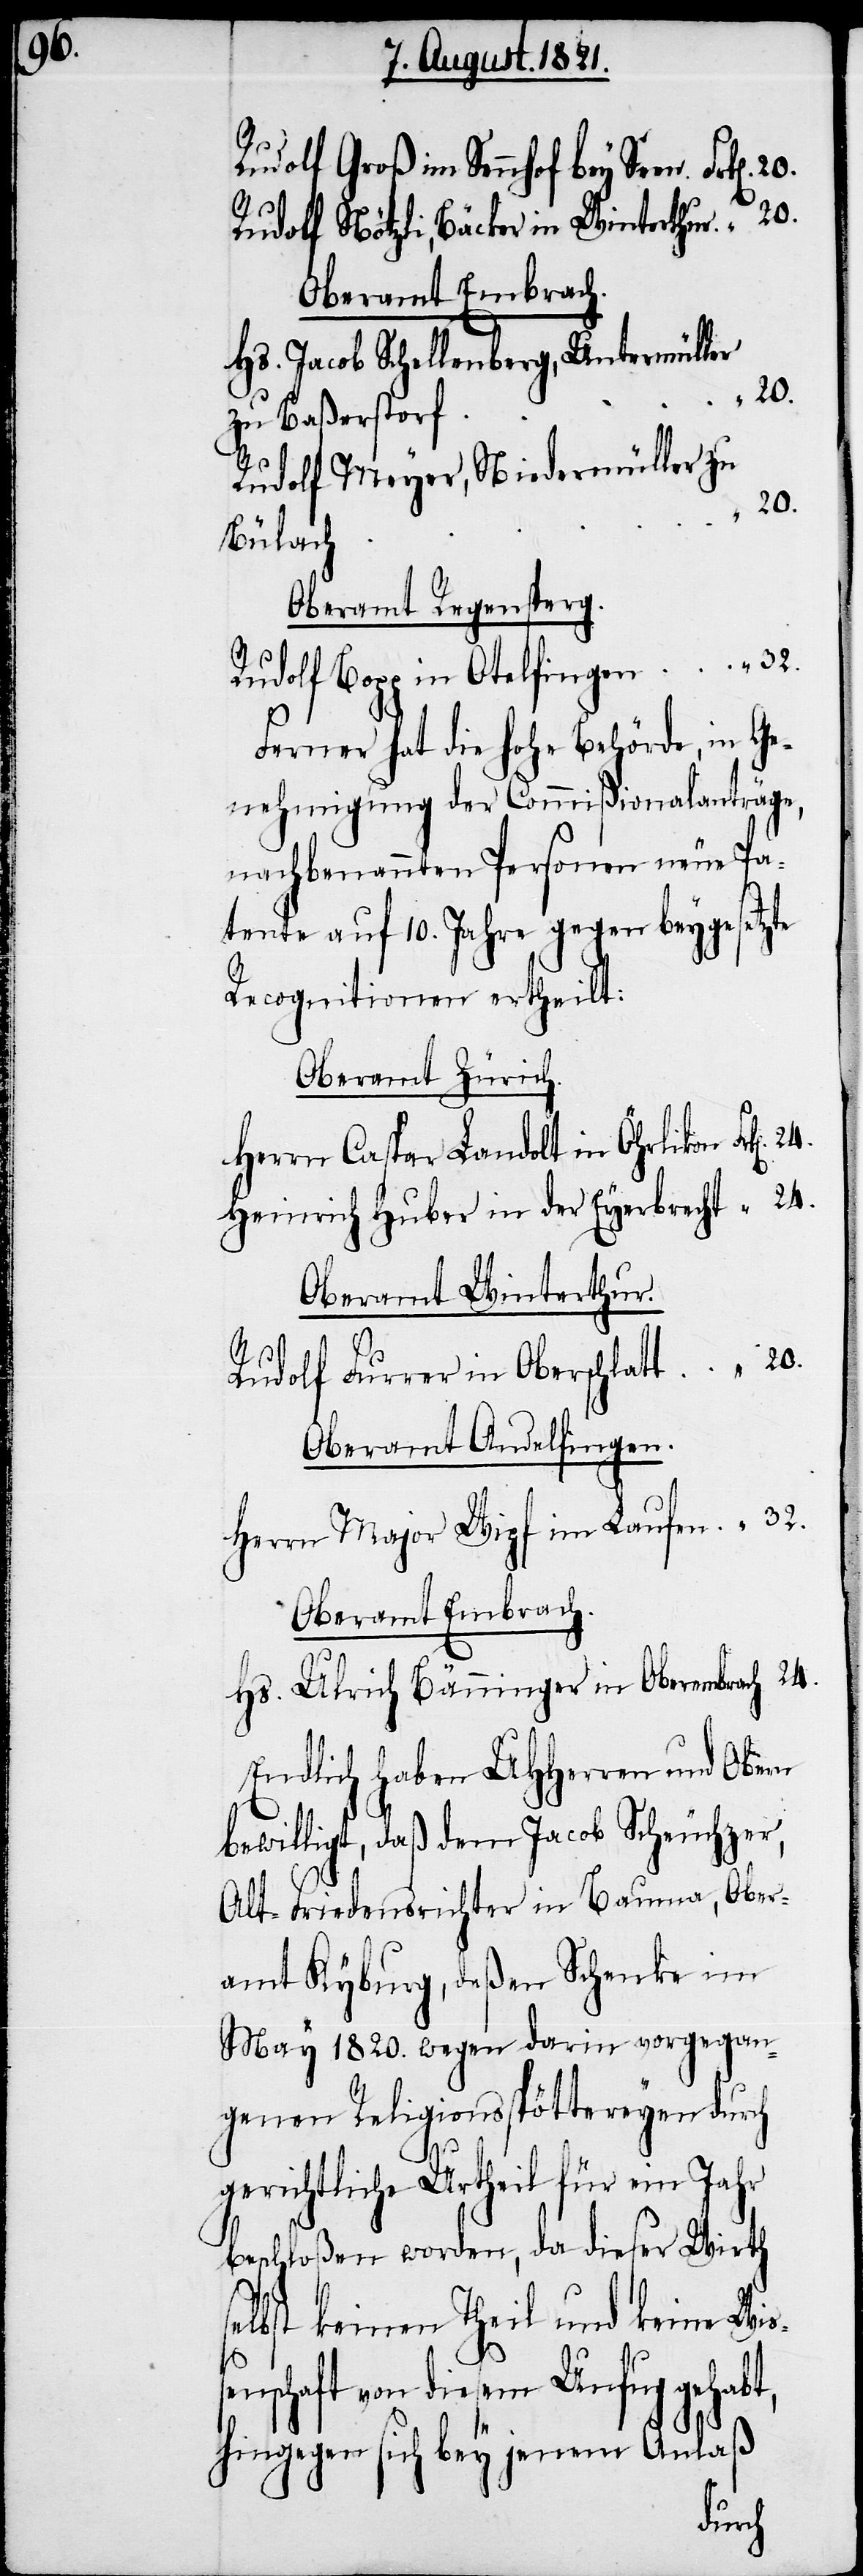
n].

Rudolf Groß im Sennhof bey
Rudolf Nötzli, Bäcker in Winterthur.	“
Oberamt Embrach.
Hs. Jacob Schellenberg, Untermüller
Rudolf Meyer, Niedermüller zu
h.	“	24.
Oberamt Regensperg.
Ferner hat die hohe Behörde, in Ge¬
nehmigung der Commißionalanträge,
nachbenannten Personen neue Pa¬
tente auf 10. Jahre gegen beygesetzte
Recognitionen ertheilt:
Oberamt Zürich.
Herr Caspar Landolt in Oerlikon	Frk[e¬
Heinrich Huber in der Eyerbrecht	“	24.
Oberamt Winterthur.
Rudolf Furrer in Oberschlatt.	“	20.
Oberamt Andelfingen.
Herrn Major Wipf im Laufen.	“	32.
Oberamt Embrach.
Hs. Ulrich Bänninger in Oberembrac¬
Endlich haben UHHerren und Obern
bewilligt, daß dem Jacob Scheuchzer,
Alt-Friedensrichter in Bauma, Ober¬
amt Kyburg, deßen Schenke im
May 1820. wegen darin vorgegan¬
genen Religionsspöttereien durch
gerichtliche[s] Urtheil für
beschloßen worden, da dieser Wirth
selbst keinen Theil und keine Wiß¬
enschaft von diesem Unfug gehabt,
hingegen sich bey jenem Anlaß